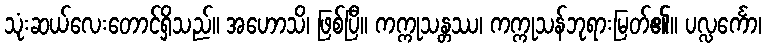
သုံးဆယ်လေးတောင်ရှိသည်။ အဟောသိ၊ ဖြစ်ပြီ။ ကက္ကုသန္တဿ၊ ကက္ကုသန်ဘုရားမြတ်၏။ ပလ္လင်္ကော၊